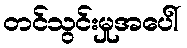
တင်သွင်းမှုအပေါ်